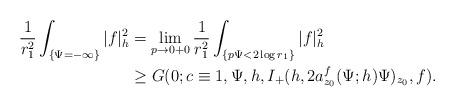
LaTeX: \begin{align*}\frac{1}{r_1^2}\int_{\{\Psi=-\infty\}}|f|^2_h&=\lim_{p\rightarrow0+0}\frac{1}{r_1^2}\int_{\{p\Psi<2\log r_1\}}|f|^2_h\\&\ge G(0;c\equiv1,\Psi,h,I_+(h,2a_{z_0}^f(\Psi;h)\Psi)_{z_0},f).\end{align*}